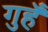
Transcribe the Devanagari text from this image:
गुहँ